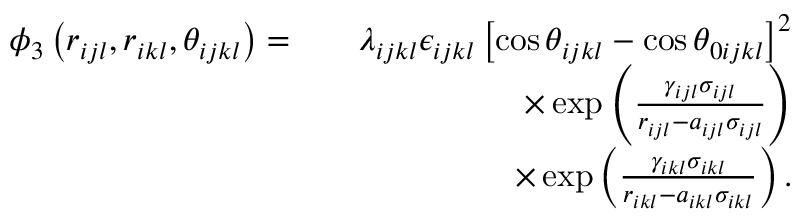
\begin{array} { r l r } { \phi _ { 3 } \left( r _ { i j l } , r _ { i k l } , \theta _ { i j k l } \right) = } & { } & { \lambda _ { i j k l } \epsilon _ { i j k l } \left[ \cos \theta _ { i j k l } - \cos \theta _ { 0 i j k l } \right] ^ { 2 } } \\ & { } & { \times \exp \left( \frac { \gamma _ { i j l } \sigma _ { i j l } } { r _ { i j l } - a _ { i j l } \sigma _ { i j l } } \right) } \\ & { } & { \times \exp \left( \frac { \gamma _ { i k l } \sigma _ { i k l } } { r _ { i k l } - a _ { i k l } \sigma _ { i k l } } \right) . } \end{array}